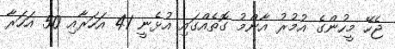
ޖެހޭ މީހުންގެ އުމުރު އާންމު ގޮތެއްގައި އުޅެނީ 41 އަހަރާއި 50 އަހަރާ